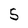
Character: 5